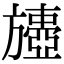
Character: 𣄟